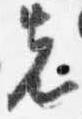
先